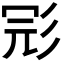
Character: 𢒎